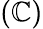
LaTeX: (\mathbb{C})